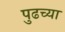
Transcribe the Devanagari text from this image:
पुढच्‍या